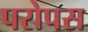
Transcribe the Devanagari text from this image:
परोपस